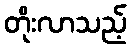
တိုးလာသည့်